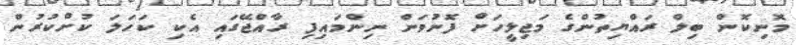
މޮނިކޮން ބިލް ރައްޔިތުންގެ މަޖިލީހަށް ފޮނުވަން ނިންމައިފި ރާއްޖޭގައި އެކި ކަހަލަ ކުށްކުރުން